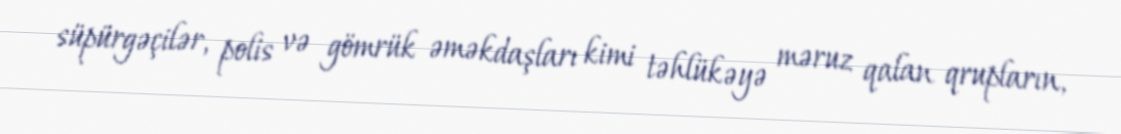
süpürgəçilər, polis və gömrük əməkdaşları kimi təhlükəyə məruz qalan qrupların,